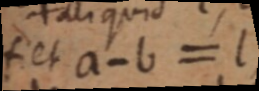
f et a - b = l